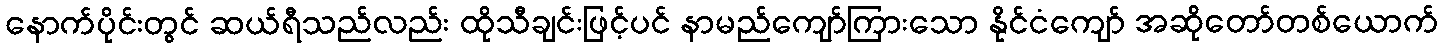
နောက်ပိုင်းတွင် ဆယ်ရီသည်လည်း ထိုသီချင်းဖြင့်ပင် နာမည်ကျော်ကြားသော နိုင်ငံကျော် အဆိုတော်တစ်ယောက်